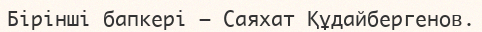
Бірінші бапкері — Саяхат Құдайбергенов.